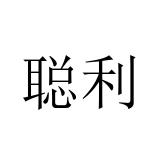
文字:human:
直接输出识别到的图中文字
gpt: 聪利